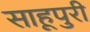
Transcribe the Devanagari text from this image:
साहूपुरी